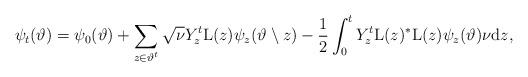
LaTeX: \begin{align*}\psi_t(\vartheta)=\psi_0(\vartheta)+\sum_{z\in\vartheta^t}\sqrt{\nu}Y^t_z\mathrm{L}(z)\psi_z(\vartheta\setminus z)- \frac{1}{2}\int_0^tY^t_z\mathrm{L}(z)^\ast\mathrm{L}(z)\psi_z(\vartheta)\nu\mathrm{d}z,\end{align*}